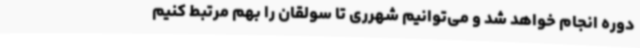
دوره انجام خواهد شد و می‌توانیم شهرری تا سولقان را بهم مرتبط کنیم